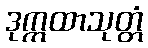
ဒုက္ကထာသုတ္တံ